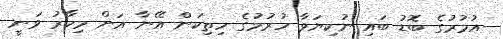
އުމުރުގެ ބޮޑު ބައި ނުކިޔަވާ ހުރުމުގެ ހިތިކަން އޭނާ އަށް މިހާރު ވަނީ